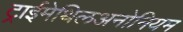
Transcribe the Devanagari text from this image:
ट्राईमेथिलअनोनियम